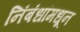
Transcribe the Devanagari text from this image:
निंबंधांमधून